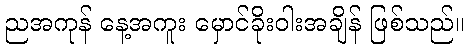
ညအကုန် နေ့အကူး မှောင်ခိုးဝါးအချိန် ဖြစ်သည်။